Punjab Mental Hospital Lahore 1922-31 - 1922-1931
Year: 1922
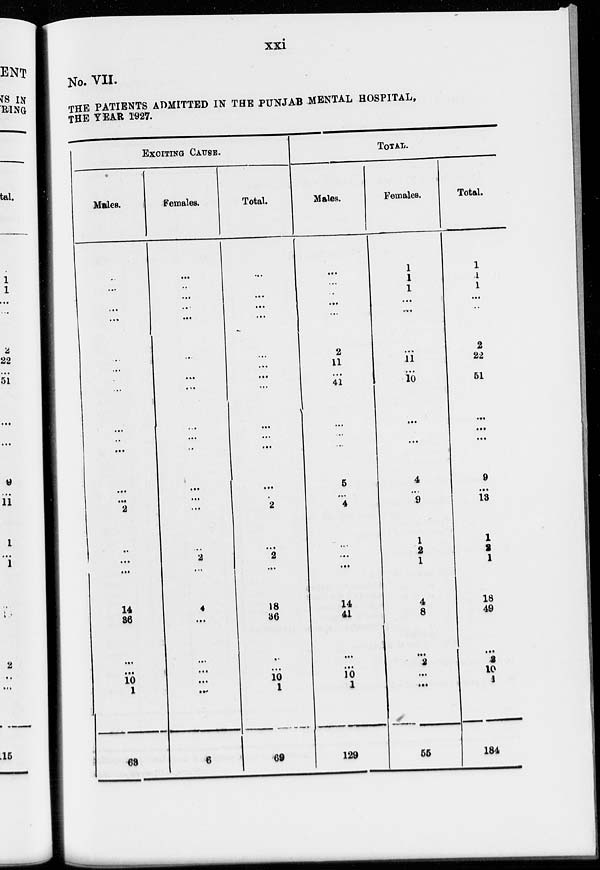
xxi
No. VII.
THE PATIENTS ADMITTED IN THE PUNJAB MENTAL HOSPITAL,
THE YEAR 1927.
EXCITING CAUSE.
Males.
...
...
...
...
...
...
...
...
...
...
...
...
...
2
...
...
...
14
86
...
...
10
1
66
Females.
...
...
...
...
...
...
...
...
...
...
...
...
...
...
...
2
...
4
...
...
...
...
...
3
Total.
...
...
...
...
...
...
...
...
...
...
...
...
...
2
...
2
...
18
86
..
...
10
1
69
TOTAL.
Males.
...
...
...
...
...
2
11
...
41
...
...
...
5
...
4
...
...
...
14
41
...
...
10
1
129
Females.
1
1
1
...
...
...
11
...
10
...
...
...
4
...
9
1
2
1
4
8
...
2
...
...
55
Total.
1
1
1
...
...
2
22
51
...
...
...
9
...
13
1
2
1
18
49
...
2
10
1
184